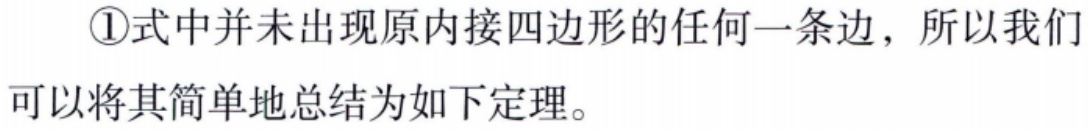
\textcircled{1}式中并未出现原内接四边形的任何一条边，所以我们可以将其简单地总结为如下定理。